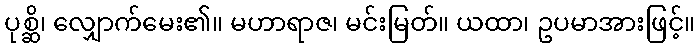
ပုစ္ဆိ၊ လျှောက်မေး၏။ မဟာရာဇ၊ မင်းမြတ်။ ယထာ၊ ဥပမာအားဖြင့်။